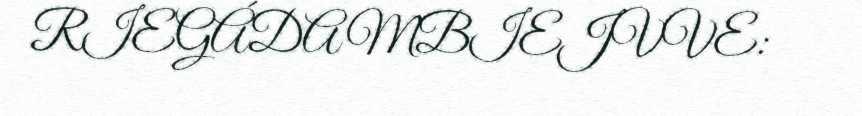
RIEGÁDAMBIEJVVE: